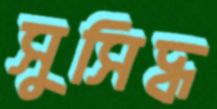
সুসিদ্ধ